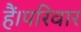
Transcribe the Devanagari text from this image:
हैं।परिवार